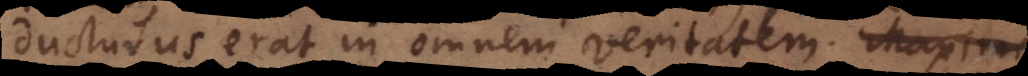
ducturus erat in omnem veritatem.